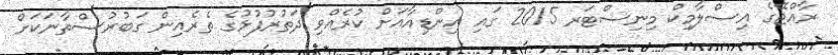
ރާއްޖޭގެ އިސްލާމިކް މިނިސްޓަރ 2015 ގައި އިންޑިއާއަށް ކުރެއްވި ދަތުރުފުޅުގެ ތެރެއިން ގަބުރުސްތާނަކަށް